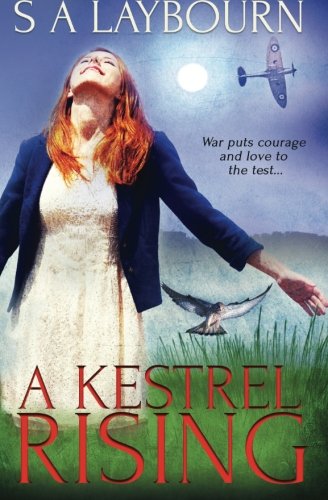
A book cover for A Kestrel Rising; S A Laybourn; Romance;